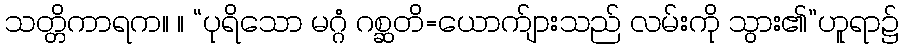
သတ္တိကာရက။ ။ “ပုရိသော မဂ္ဂံ ဂစ္ဆတိ=ယောက်ျားသည် လမ်းကို သွား၏”ဟူရာ၌